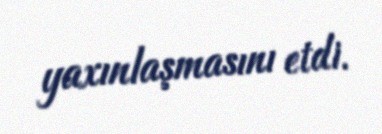
yaxınlaşmasını etdi.